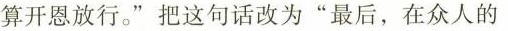
算开恩放行。”把这句话改为”最后，在众人的